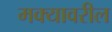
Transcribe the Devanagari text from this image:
मक्यावरील